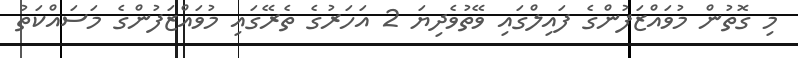
މި ގޮތުން މުވައްޒަފުންގެ ފައިލްގައި ވޭތުވެދިޔަ 2 އަހަރުގެ ތެރޭގައި މުވައްޒަފުންގެ މަސައްކަތު